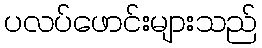
ပလပ်ဖောင်းများသည်